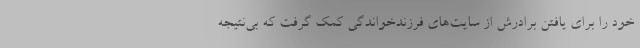
خود را برای یافتن برادرش از سایت‌های فرزندخواندگی کمک گرفت که بی‌نتیجه